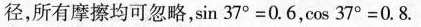
径，所有摩擦均可忽略， $$sin 3 7 ° = 0 . 6$$， $$cos 3 7 ° = 0 . 8$$ .